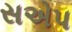
સએપ